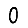
Digit: 0